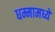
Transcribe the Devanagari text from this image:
धम्मामध्ये